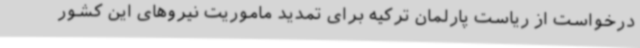
درخواست از ریاست پارلمان ترکیه برای تمدید ماموریت نیروهای این کشور